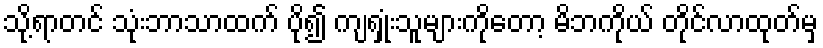
သို့ရာတင် သုံးဘာသာထက် ပို၍ ကျရှုံးသူများကိုတော့ မိဘကိုယ် တိုင်လာထုတ်မှ